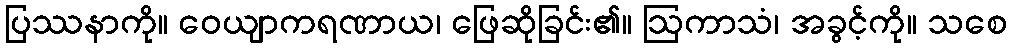
ပြဿနာကို။ ဝေယျာကရဏာယ၊ ဖြေဆိုခြင်း၏။ ဩကာသံ၊ အခွင့်ကို။ သစေ